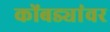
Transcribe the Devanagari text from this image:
कोंबड्यांवर